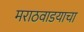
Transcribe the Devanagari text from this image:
मराठवाडयाचा